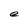
Character: e